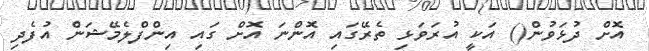
އޮށް ދުޅަވުން() އަކީ އުރަވަޅި ތެރޭގައި އޮންނަ އޮށް ގައި އިންފްލެމޭޝަން އުފެދި